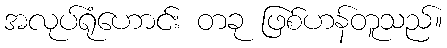
အလုပ်ရုံဟောင်း တခု ဖြစ်ဟန်တူသည်။